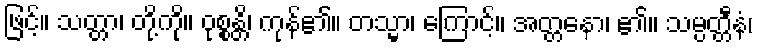
ဖြင့်။ သတ္တာ၊ တို့ကို။ ဝုစ္စန္တိ၊ ကုန်၏။ တသ္မာ၊ ကြောင့်။ အတ္တနော၊ ၏။ သမ္ပတ္တီနံ၊